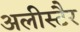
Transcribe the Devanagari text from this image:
अलीस्टैर